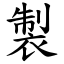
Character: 製